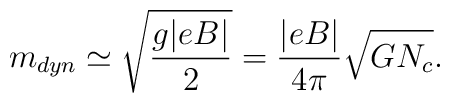
m_{dyn}\simeq\sqrt{\frac{g|eB|}{2}}       = \frac{|eB|}{4\pi}\sqrt{GN_c} .